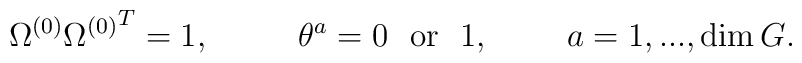
\Omega^{(0)}{\Omega^{(0)}}^T=1,~~~~~~~~\theta^a=0~~\mbox{or}~~1,~~~~~~~a=1,...,\dim G.